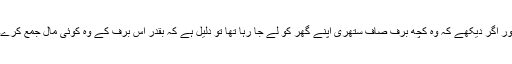
اور اگر دیکھے کہ وہ کچھ برف صاف ستھری اپنے گھر کو لے جا رہا تھا تو دلیل ہے کہ بقدر اس برف کے وہ کوئی مال جمع کرے۔